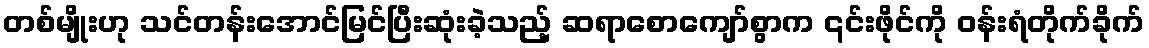
တစ်မျိုးဟု သင်တန်းအောင်မြင်ပြီးဆုံးခဲ့သည့် ဆရာစောကျော်စွာက ၎င်းဖိုင်ကို ဝန်းရံတိုက်ခိုက်